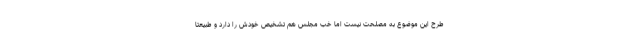
طرح این موضوع به مصلحت نیست اما خب مجلس هم تشخیص خودش را دارد و طبیعتا